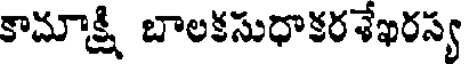
కామాక్షి బాలకసుధాకరశేఖరస్య